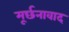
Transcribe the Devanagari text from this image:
मूर्छनावाद